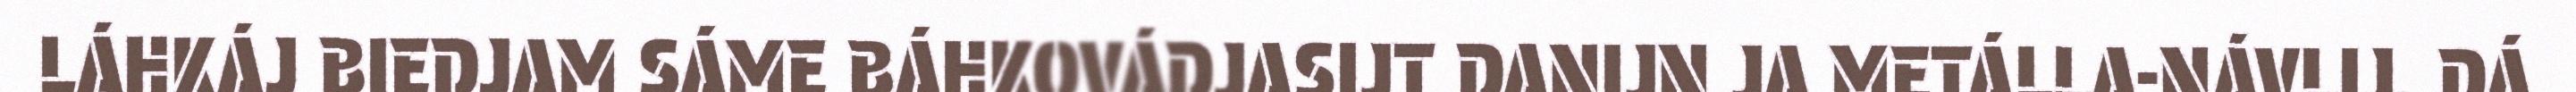
LÁHKÁJ BIEDJAM SÁME BÁHKOVÁDJASIJT DANIJN JA METÁLLA-NÁVLIJ. DÁ